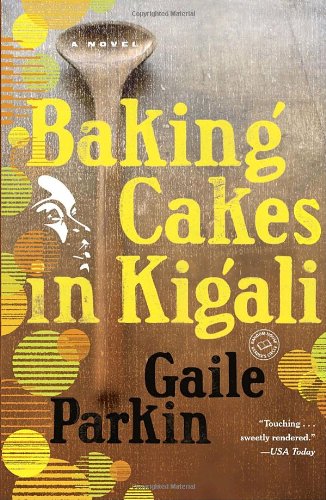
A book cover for Baking Cakes in Kigali: A Novel; Gaile Parkin; Literature & Fiction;